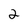
Character: 2